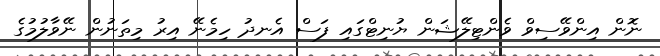
ނޮން އިންވޭސިވް ވެންޓިލޭޝަން ޔުނިޓްގައި ފަސް އެނދު ހިމެނޭ އިރު މިތަނުން ނޭވާލުމުގެ